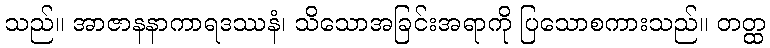
သည်။ အာဇာနနာကာရဒဿနံ၊ သိသောအခြင်းအရာကို ပြသောစကားသည်။ တတ္ထ